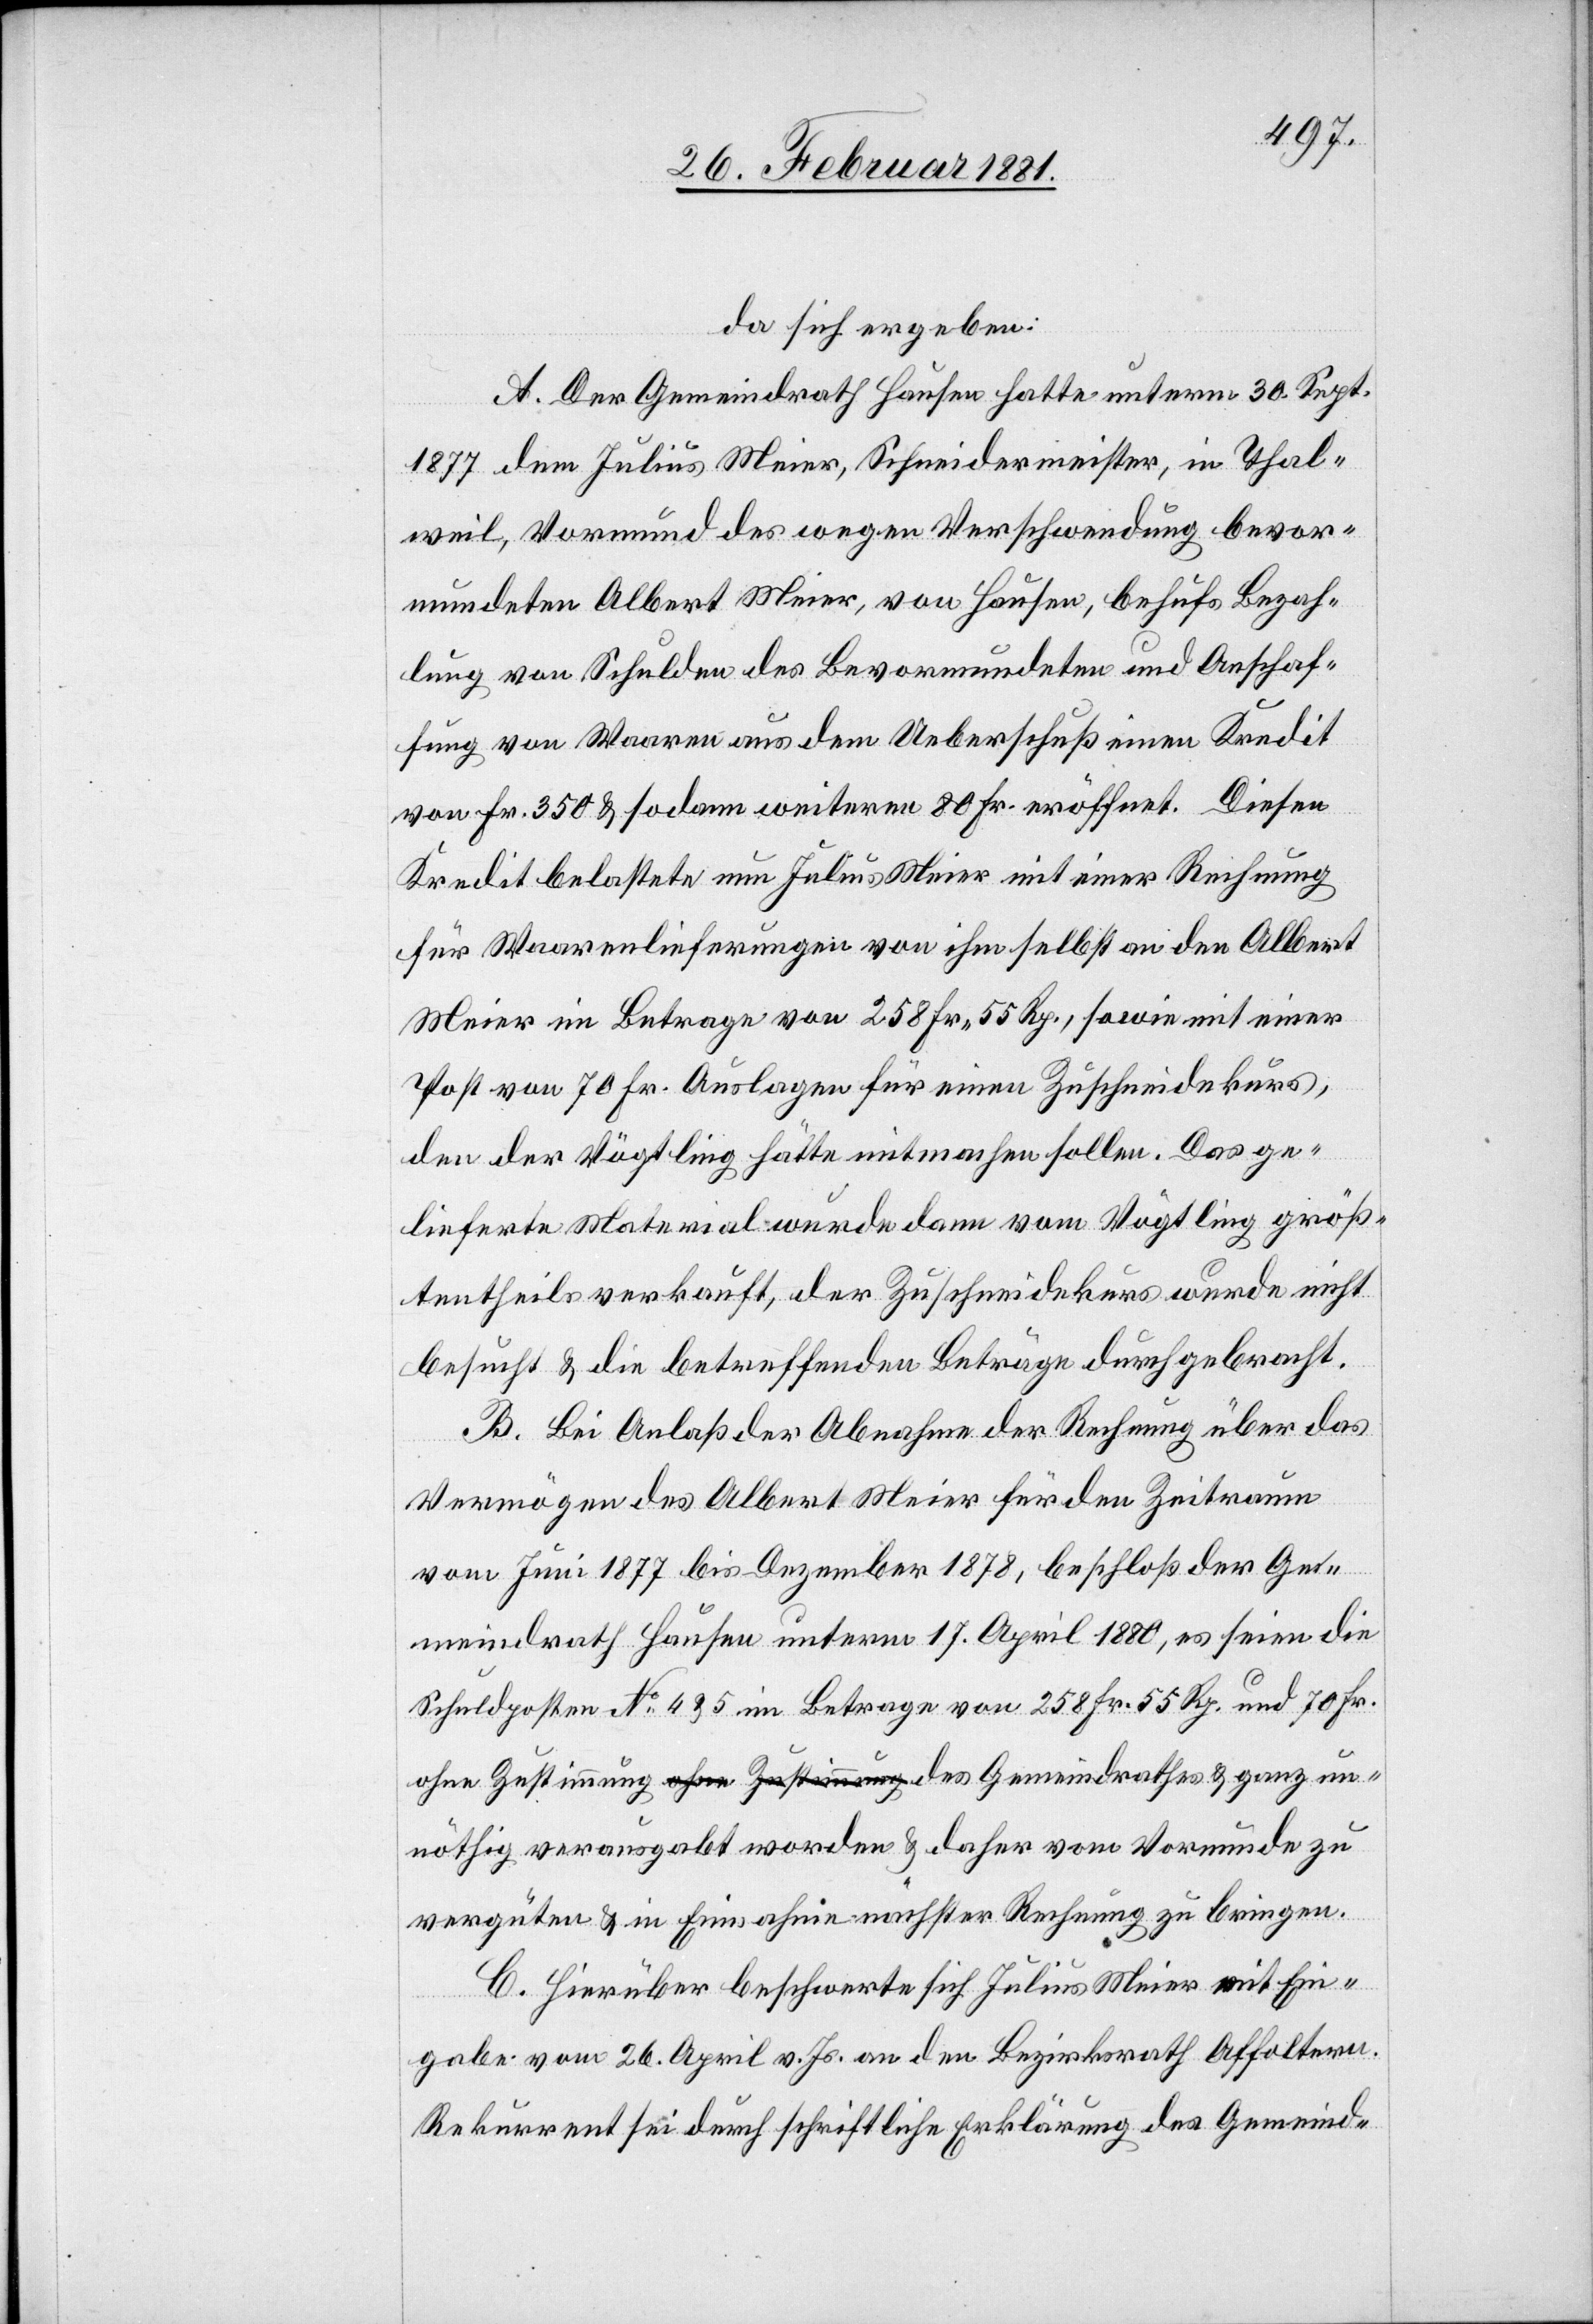
da sich ergeben:
A. Der Gemeindrath Hausen hatte unterm 30. Sept.
1877 dem Julius Meier, Schneidermeister, in Thal¬
weil, Vormund des wegen Verschwendung bevor¬
mundeten Albert Meiser, von Hausen, behufs Bezah¬
lung von Schulden des Bevormundeten und Anschaf¬
fung von Waaren aus dem Ueberschuß einen Kredit
von Fr. 350 & sodann weitern 80 Fr. eröffnet. Diesen
Kredit belastete nun Julius Meier mit einer Rechnung
für Waarenlieferungen von ihm selbst an den Albert
Meier im Betrage von 258 Fr. 55 Rp., sowie mit einer
Post von 70 Fr. Auslagen für einen Zuschneidekurs,
den der Vögtling hätte mitmachen sollen. Das ge¬
lieferte Material wurde dann vom Vögtling größ¬
tentheils verkauft, der Zuschneidekurs wurde nicht
besucht & die betreffenden Beträge durchgebracht.
B. Bei Anlaß der Abnahme der Rechnung über das
Vermögen des Albert Meier für den Zeitraum
vom Juni 1877 bis Dezember 1878, beschloß der Ge¬
meindrath Hausen unterm 17. April 1880, es seien die
Schuldposten No 4 & 5 im Betrage von 258 Fr. 55 Rp. und 70 Fr.
unnöthig verausgabt worden & daher vom Vormunde zu
vergüten & in Einnahme nächster Rechnung zu bringen.
C. Hierüber beschwerte sich Julius Meier mit Ein¬
gabe vom 26. April v. Js. an den Bezirksrath Affoltern.
Rekurrent sei durch schriftliche Erklärung des Gemeind-